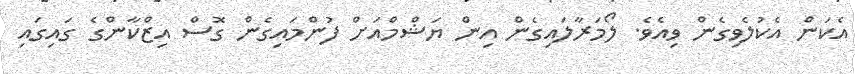
އެކަން އެކުލެވިގެން ވިއެވެ. ލޯމަރާލައިގެން އިން ޔަޝްމްއަށް ފުންމައިގެން ގޮސް އިޒްކާންގެ ގައިގައި